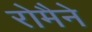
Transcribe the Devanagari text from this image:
रोमैने